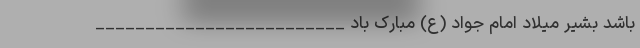
باشد بشیر میلاد امام جواد (ع) مبارک باد _________________________